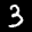
Label: 3